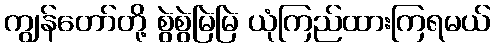
ကျွန်တော်တို့ စွဲစွဲမြဲမြဲ ယုံကြည်ထားကြရမယ်